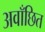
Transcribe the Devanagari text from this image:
अवाँछित